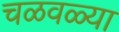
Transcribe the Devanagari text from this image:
चळवळ्या